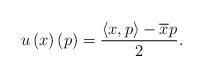
LaTeX: \begin{align*}u\left(x\right)\left(p\right)=\frac{\left<x,p\right>-\overline{x}p}{2}.\end{align*}